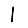
Digit: 1